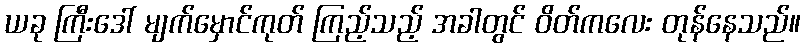
ယခု ကြီးဒေါ် မျက်မှောင်ကုတ် ကြည့်သည့် အခါတွင် ဝိတ်ကလေး တုန်နေသည်။